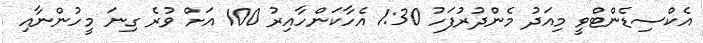
އެކްސިޑެންޓްވީ މިއަދު މެންދުރުފަހު 1:30 އެހާކަންހާއިރު 100 އަށް ވުރެ ގިނަ މީހުންނާއި